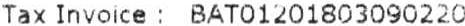
TAX INVOICE : BAT01201803090220